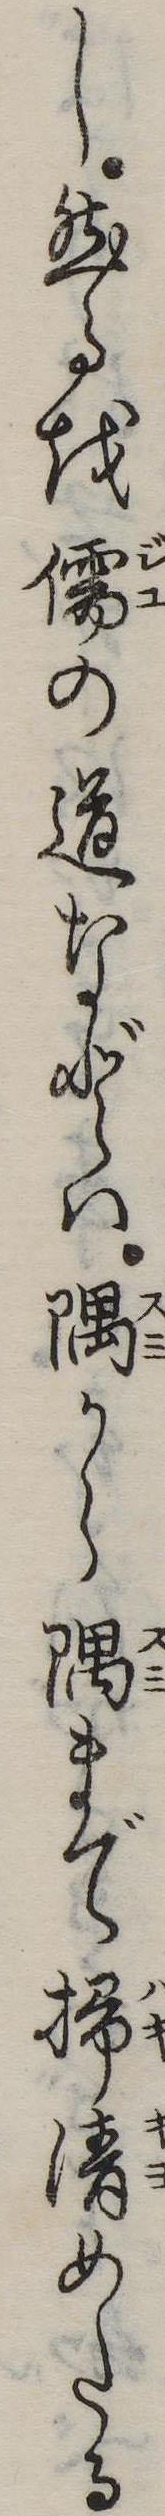
し然るを儒の道などは隅から隅まで掃清めたる